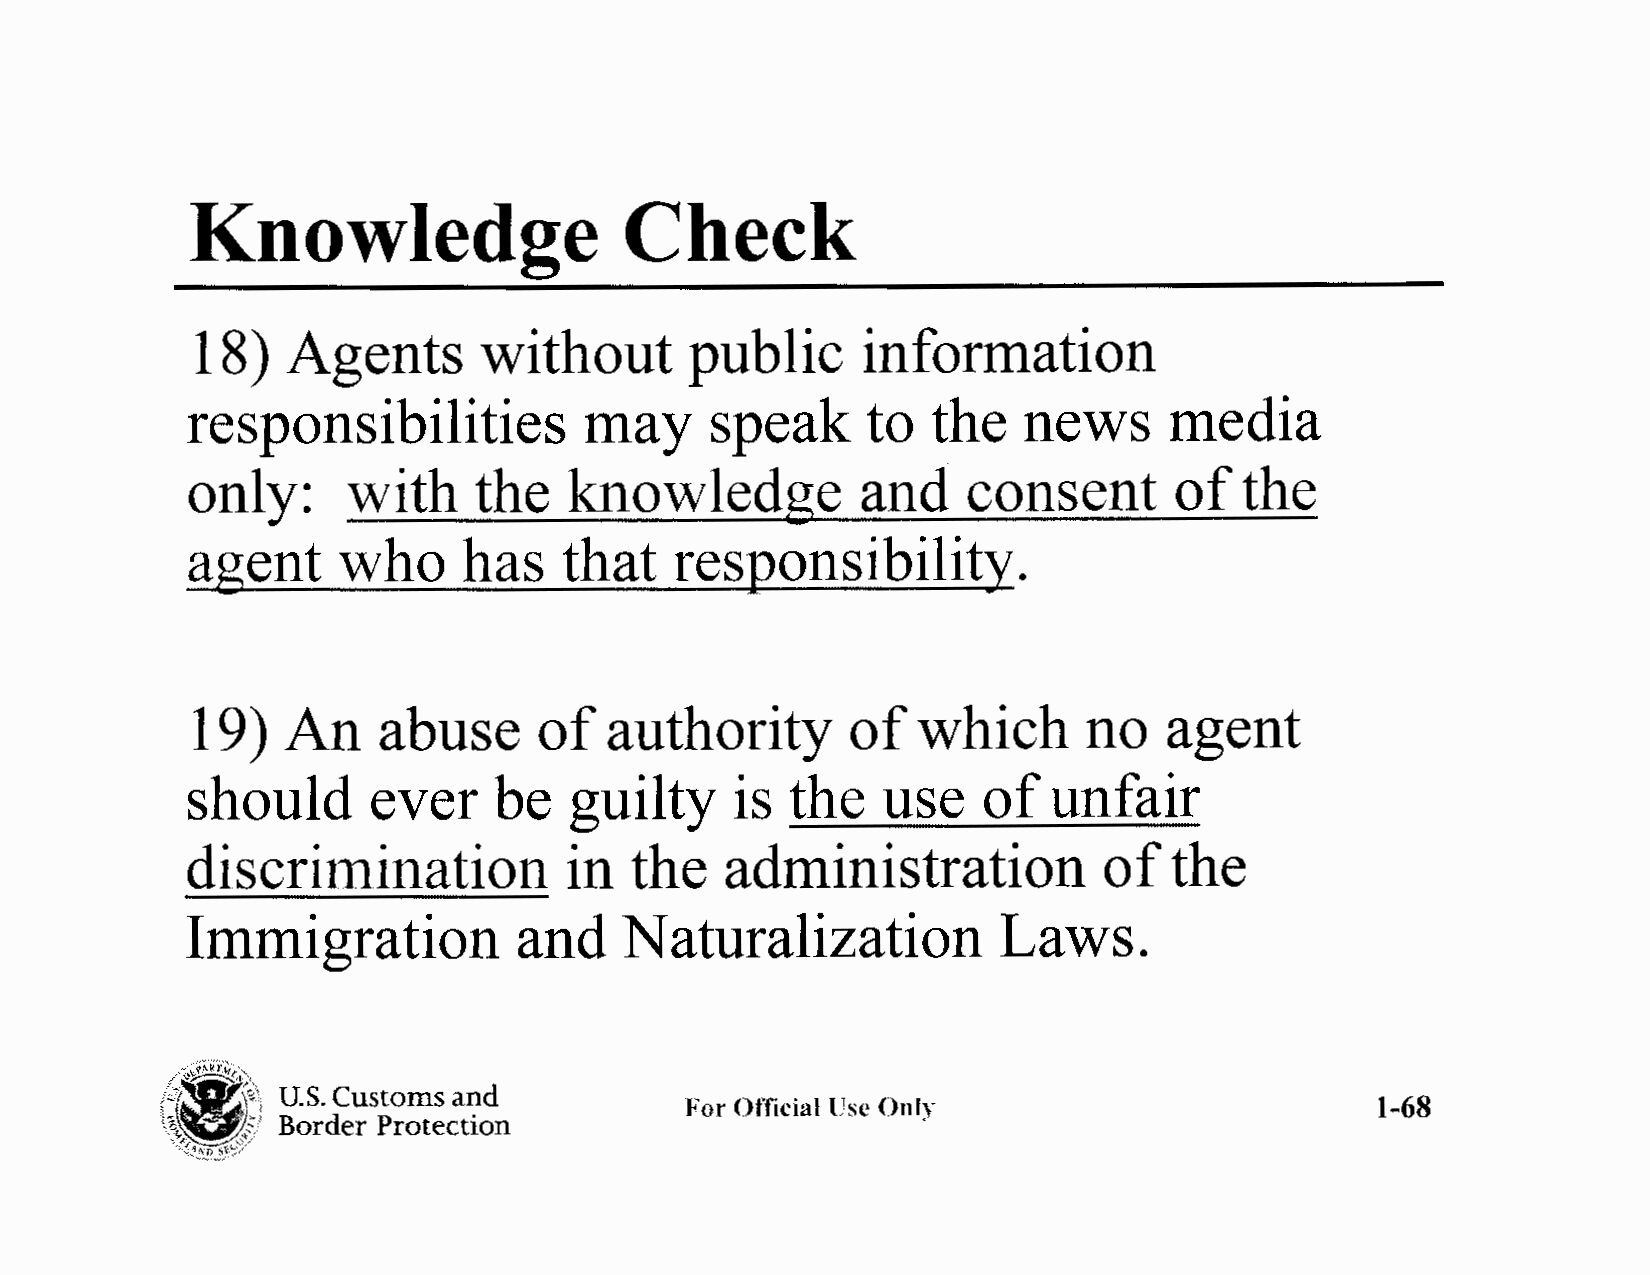
Knowledge                    Check
 18)   Agents       without       public     information
 responsibilities           may     speak     to   the   news     media
 only:      with    the    knowledge          and    consent       of  the
 agent     who      has   that    responsibility.
 19)   An    abuse      of  authority       of   which      no   agent
 should      ever     be   guilty    is  the   use    of  unfair
 discrimination           in   the   administration           of  the
 Immigration           and    Naturalization           Laws.
 ,f'~,;Ak?:4;"
 1f{\)7-~3,t,E:1<{ ,
 U.S. Customs and
 \\gc;                              For Official lJse Only                        1-68
 Border Protection
 -,,~!t~!!"'?;~,·